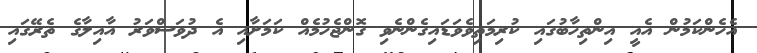
އެހެންކަމުން އެއީ އިންތިހާބުގައި ކުރިމަތިވެވަޑައިގެންނެވި ގޮންޖެހުމެއް ކަމަށާއި އެ ދުވަސްވަރު އާއިލާގެ ތެރޭގައި